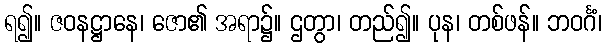
ရ၍။ ဇဝနဋ္ဌာနေ၊ ဇော၏ အရာ၌။ ဌတွာ၊ တည်၍။ ပုန၊ တစ်ဖန်။ ဘဝင်္ဂံ၊